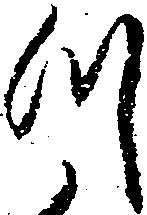
つ